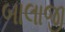
બાલાજી